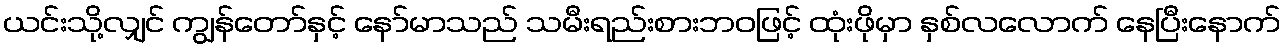
ယင်းသို့လျှင် ကျွန်တော်နှင့် နော်မာသည် သမီးရည်းစားဘဝဖြင့် ထုံးဖိုမှာ နှစ်လလောက် နေပြီးနောက်